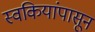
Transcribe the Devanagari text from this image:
स्वकियांपासून